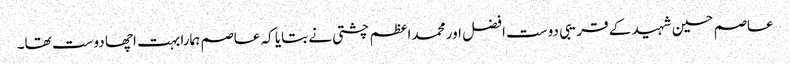
عاصم حسین شہید کے قریبی دوست افضل اور محمد اعظم چشتی نے بتایا کہ عاصم ہمارا بہت اچھا دوست تھا۔